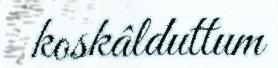
koskâlduttum